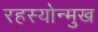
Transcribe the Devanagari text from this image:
रहस्योन्मुख